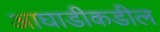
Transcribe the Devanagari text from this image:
आघाडीकडील